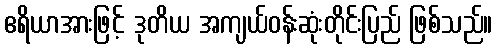
ဧရိယာအားဖြင့် ဒုတိယ အကျယ်ဝန်းဆုံးတိုင်းပြည် ဖြစ်သည်။